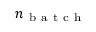
n _ { \mathrm { ~ b ~ a ~ t ~ c ~ h ~ } }